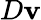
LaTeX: D\mathbf{v}